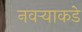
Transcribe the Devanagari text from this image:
नवर्‍याकडे